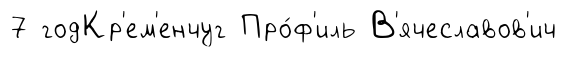
7 годКр'ем'енчуг Про́ф'иль В'ячеславов'ич